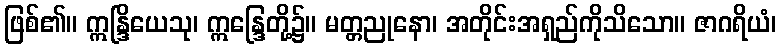
ဖြစ်၏။ ဣန္ဒြိယေသု၊ ဣန္ဒြေတို့၌။ မတ္တညုနော၊ အတိုင်းအရှည်ကိုသိသော။ ဇာဂရိယံ၊